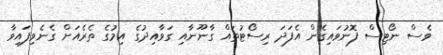
ވެސް ނޯޓިސް ފޮނުވައިގެން އެފަދަ ރިސޯޓުތައް ގާނޫނާއި ގަވާއިދުގެ އިމުގެ ތެރެއަށް ގެނެވިފައިވާ